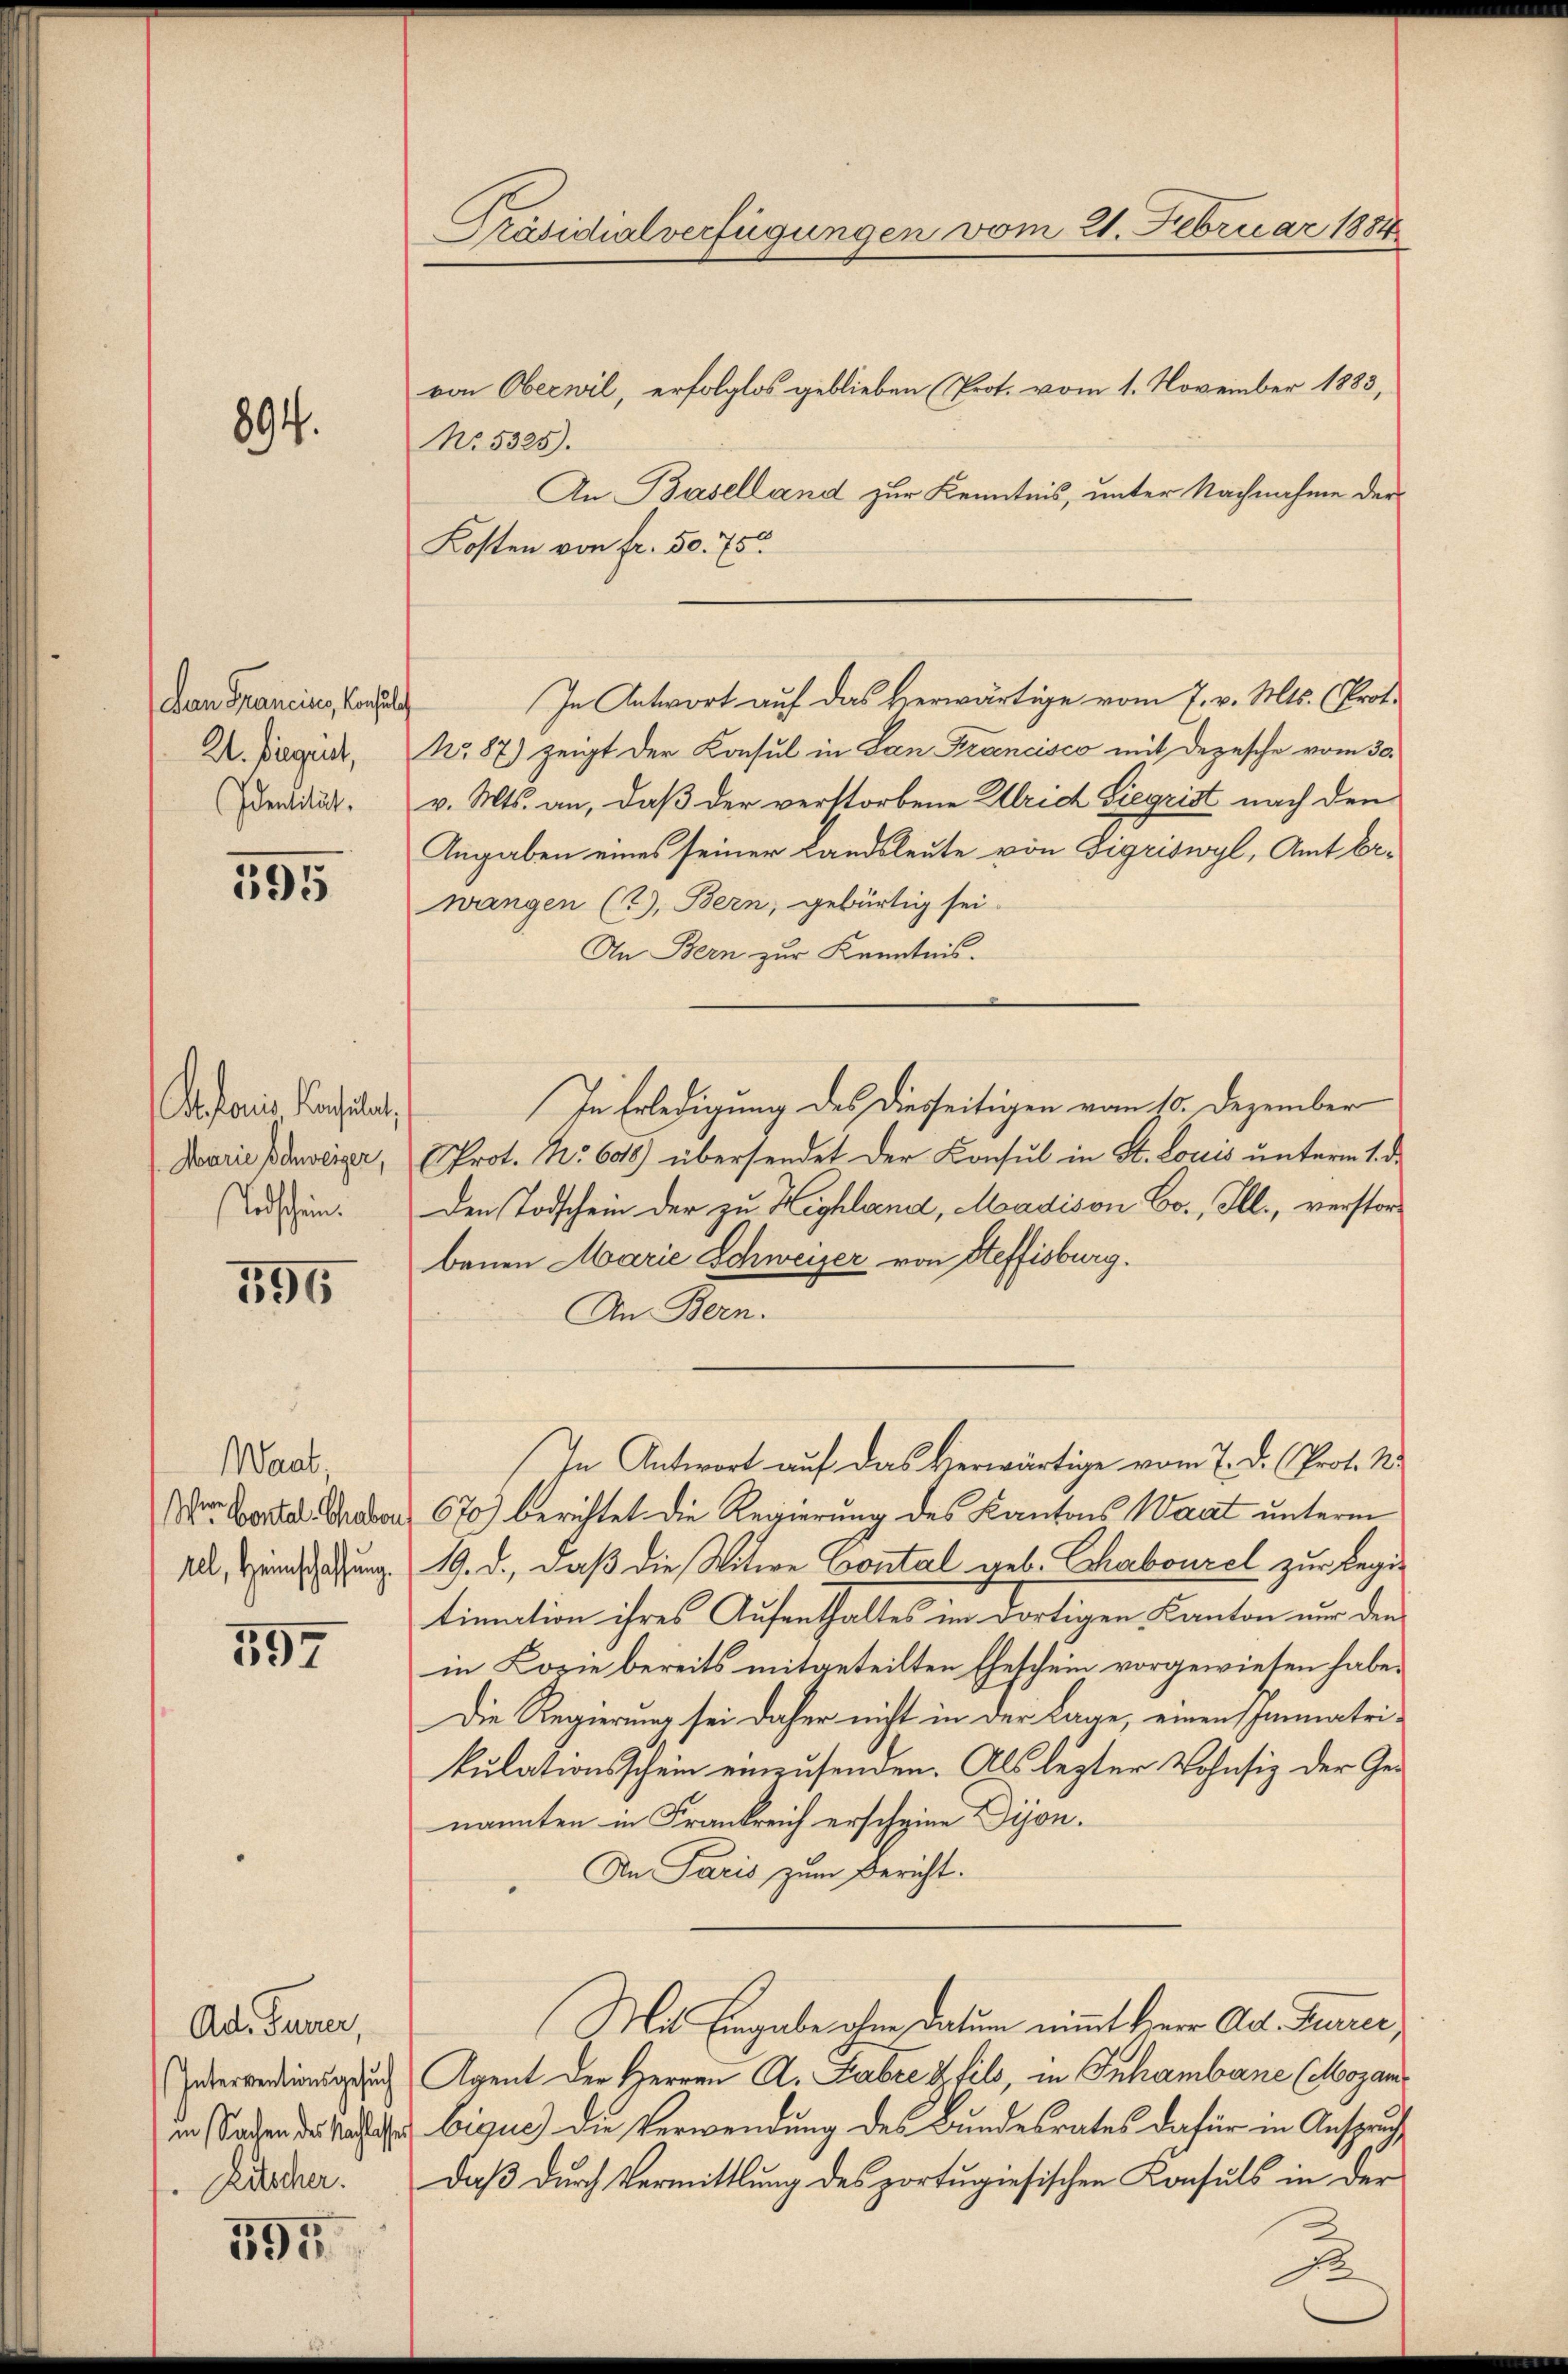
894.

Lan Francinis, Konsul
2. Begrit,
Identität.

595

Defonis Konsulat,
Marie Schweizer,
Todschein.

596

Waat,
Wer Contal-Chaber
tel, Heimschaffung.

597

Ad Funer,
Interventionsgesuch
in Sachen des Nachlasser
Kitscher.

595

Präsidialverfügungen vom 21. Februar 1884

von Oberwil, erfolglos geblieben (Prot. vom 1. November 1883,
No. 5325).
An Baselland zur Kenntnis, unter Nachnahme der
Kosten von Fr. 50. 75
No. 87) zeigt der Konsul in San Francisco mit Depesche vom 30.
v. Mts. an, daß der verstorbene Ulrich Siegrist nach den
Angaben eines seiner Landsleute von Sigriswyl, Amt Erwangen (2), Bern, gebürtig sei.
An Bern zur Kenntnis.
In Erledigung des Diesseitigen vom 10. Dezember
Prot. No. 608) übersendet der Konsul in St. Louis unterm 1. d.
Den Todschein der zu Highland, Madison Co., Ill., verstorbenen Marie Schweizer von Steffisburg.
An Bern.
(In Antwort auf das Verwärtige vom 7. d. Prof. W.
670) berichtet die Regierung des Kantons Waat unterm
19. d., daß die Witwe Contal geb. Chabourel zur Regitimation ihres Aufenthaltes im dortigen Kanton nur den
in Lorie bereits mitgeteilten Eheschein vorgewiesen habe.
Die Regierung sei daher nicht in der Lage, einen Immatrikulationsschein einzusenden. Als lezter Wohnsiz der Genannten in Frankreich erscheine Dijon.
An Paris zum Bericht.
Mit Eingabe ohne Datum nimmt Herr Ad. Kurrer,
Agent der Herren A. Fabre & fils, in Inhamberne (Mozanbigus) die Verwendung des Bundesrates dafür in Anspruch
daß durch Vermittlung des portugiesischen Konsuls in der

In Antwort auf das verwärtige vom 7. v. Mts. (Prot.